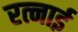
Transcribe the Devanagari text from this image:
रत्नाई